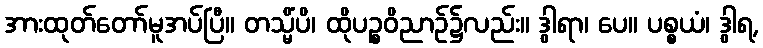
အားထုတ်တော်မူအပ်ပြီ။ တသ္မိံပိ၊ ထိုပဉ္စဝိညာဉ်၌လည်း။ ဒွါရာ၊ ပေ။ ပစ္စယံ၊ ဒွါရ,